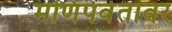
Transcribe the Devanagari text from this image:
मणिपर्वतावर